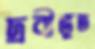
দ্রবীভূত